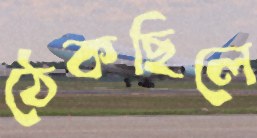
ঠেকছিলে